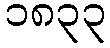
၁၈၃၃